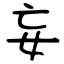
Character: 妄